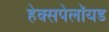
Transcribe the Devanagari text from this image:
हेक्सपेलॉयड